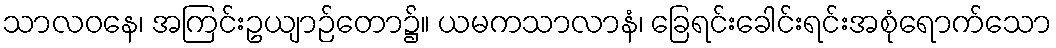
သာလဝနေ၊ အကြင်းဥယျာဉ်တော၌။ ယမကသာလာနံ၊ ခြေရင်းခေါင်းရင်းအစုံရောက်သော